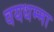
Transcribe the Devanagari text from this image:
वयधम्मा